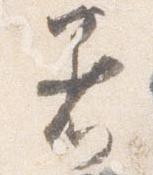
着